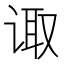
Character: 诹